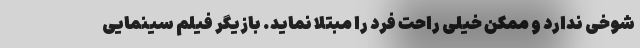
شوخی ندارد و ممکن خیلی راحت فرد را مبتلا نماید. بازیگر فیلم سینمایی